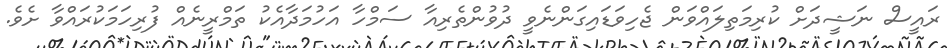
ރައީސް ނަޝީދަށް ކުރިމަތިލައްވަން ޖެހިވަޑައިގަންނެވީ ދުވުންތެރިއާ ސަމްހާ އަހުމަދާއެކު ތަމްރީނެއް ފުރިހަމަކުރައްވާ ށެވެ.